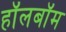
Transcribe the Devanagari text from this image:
हॉलबॉम